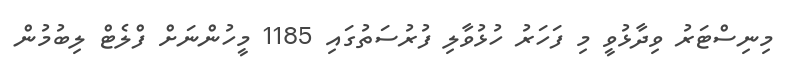
މިނިސްޓަރު ވިދާޅުވީ މި ފަހަރު ހުޅުވާލި ފުރުސަތުގައި 1185 މީހުންނަށް ފްލެޓް ލިބުމުން